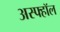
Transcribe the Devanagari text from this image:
अस्फ्हॉल